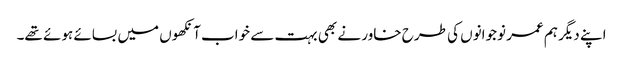
اپنے دیگر ہم عمر نوجوانوں کی طرح خاور نے بھی بہت سے خواب آنکھوں میں بسائے ہوئے تھے۔